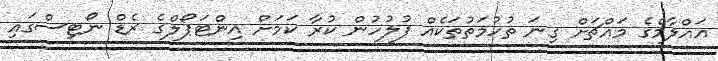
އައްލާމްގެ މައްޗަށް ގިނަ ތުހުމަތުތަކެއް ފުލުހުން ކުރާ ކަމަށް އިންޓަޕޯލްގެ ރެޑް ނޯޓިސްގައި